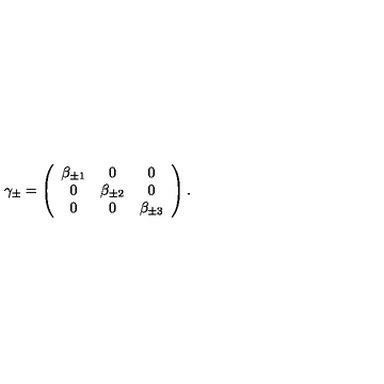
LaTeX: \gamma _ { \pm } = \left( \begin{array} { c c c } { \beta _ { \pm 1 } } & { 0 } & { 0 } \\ { 0 } & { \beta _ { \pm 2 } } & { 0 } \\ { 0 } & { 0 } & { \beta _ { \pm 3 } } \\ \end{array} \right) .